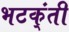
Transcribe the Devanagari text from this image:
भटक्ंती